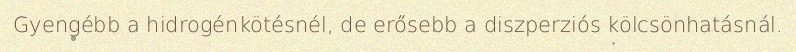
Gyengébb a hidrogénkötésnél, de erősebb a diszperziós kölcsönhatásnál.